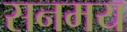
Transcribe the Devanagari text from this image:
सनमय